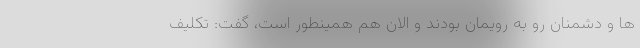
ها و دشمنان رو به رویمان بودند و الان هم همینطور است، گفت: تکلیف